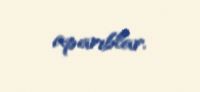
aparıblar.